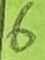
Text: 6